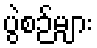
ပွဲစဉ်များ